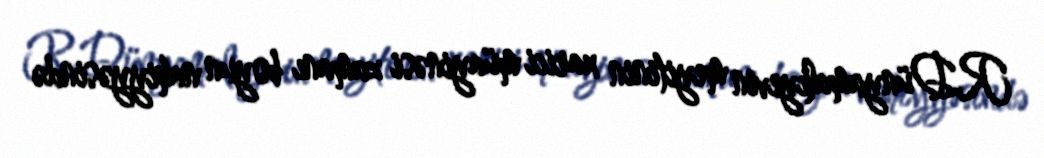
R.Dünyamalıyevin meyitinin xarici müayinəsi zamanı boyun nahiyyəsində